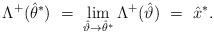
LaTeX: \begin{align*} \Lambda^+(\hat\theta^*) \ = \ \lim_{\hat\vartheta\rightarrow\hat\theta^{*}} {\Lambda}^+(\hat\vartheta)\ = \ \hat x^*. \end{align*}